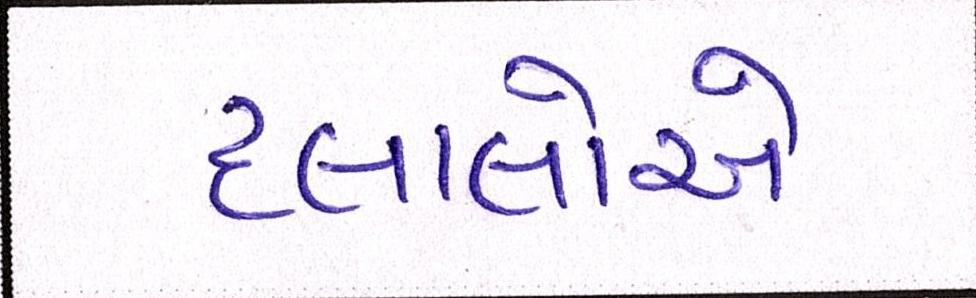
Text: દલાલોએ